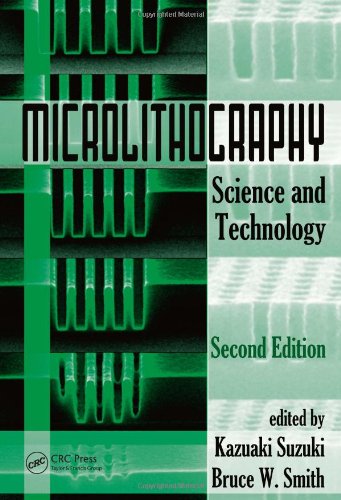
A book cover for Microlithography: Science and Technology, Second Edition (Opitcal Science and Engineering); Science & Math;